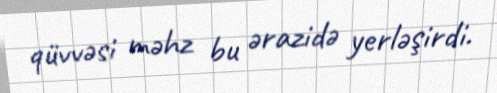
qüvvəsi məhz bu ərazidə yerləşirdi.